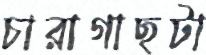
চারাগাছটা